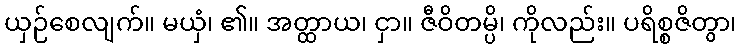
ယှဉ်စေလျက်။ မယှံ၊ ၏။ အတ္ထာယ၊ ငှာ။ ဇီဝိတမ္ပိ၊ ကိုလည်း။ ပရိစ္စဇိတွာ၊